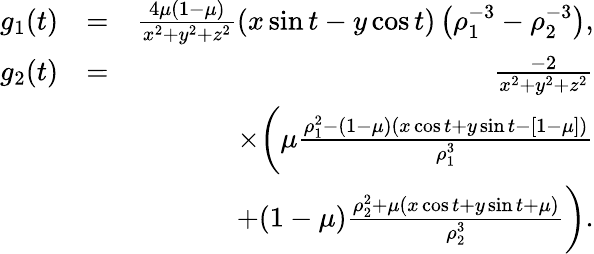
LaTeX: \begin{array}{rlr}{g_{1}(t)}&{=}&{\frac{4\mu(1-\mu)}{x^{2}+y^{2}+z^{2}}(x\sin{t}-y\cos{t})\left(\rho_{1}^{-3}-\rho_{2}^{-3}\right),}\\ {g_{2}(t)}&{=}&{\frac{-2}{x^{2}+y^{2}+z^{2}}}\\ &{}&{\quad\times\bigg(\mu\frac{\rho_{1}^{2}-(1-\mu)(x\cos{t}+y\sin{t}-[1-\mu])}{\rho_{1}^{3}}}\\ &{}&{\quad\mathrm+(1-\mu)\frac{\rho_{2}^{2}+\mu(x\cos{t}+y\sin{t}+\mu)}{\rho_{2}^{3}}\bigg).}\end{array}